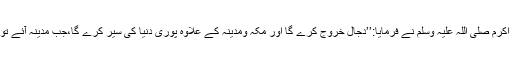
انس بن مالک رضی اللہ عنہ سے مروی ہے کہ رسول اکرم صلی اللہ علیہ وسلم نے فرمایا:’’دجال خروج کرے گا اور مکہ ومدینہ کے علاوہ پوری دنیا کی سیر کرے گا،جب مدینہ آئے تو اس کے ہر راستہ پر فرشتوں کو صف بستہ پائے گا‘‘۔